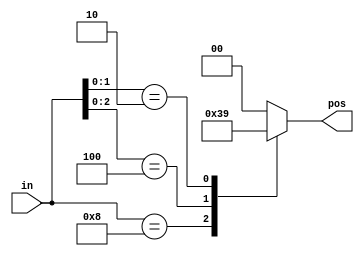
// synthesis verilog_input_version verilog_2001
module top_module (
    input [3:0] in,
    output reg [1:0] pos  );
    always @(*) begin
        casex(in) 
        //   casex
            4'b0000: pos = 1'd0;
            4'b1000: pos = 2'b11;
            4'bx100: pos = 2'b10;
            4'bxx10: pos = 2'b01;
            4'b0001: pos = 2'b00;
        default:
            pos = 2'b00;


        endcase
    end
endmodule